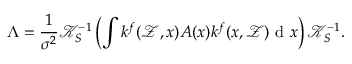
\Lambda = \frac { 1 } { \sigma ^ { 2 } } \mathcal { K } _ { S } ^ { - 1 } \left( \int k ^ { f } ( \mathcal { Z } , x ) A ( x ) k ^ { f } ( x , \mathcal { Z } ) \mathrm { ~ d ~ } x \right) \mathcal { K } _ { S } ^ { - 1 } .